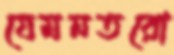
যেমনতরো